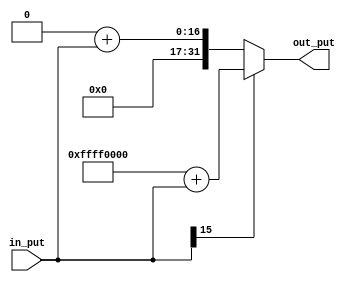
module sign_extend(out_put,in_put);
output reg [31:0]out_put;
input      [15:0]in_put;

always@(*)
begin
if(in_put[15]==0) out_put=32'h0+in_put;
else              out_put=32'hffff0000+in_put;
end
endmodule

module t_sign_extend;
wire   [31:0]out_put;
reg    [15:0]in_put;

sign_extend G(out_put,in_put);

initial begin 
     in_put=16'hfa67;
#100 in_put=16'h0a67;
end
endmodule